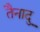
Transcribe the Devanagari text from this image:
तैनादु